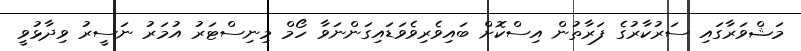
މަޝްވަރާގައި ސަރުކާރުގެ ފަރާތުން އިސްކޮށް ބައިވެރިވެވަޑައިގަންނަވާ ހޯމް މިނިސްޓަރު އުމަރު ނަސީރު ވިދާޅުވީ